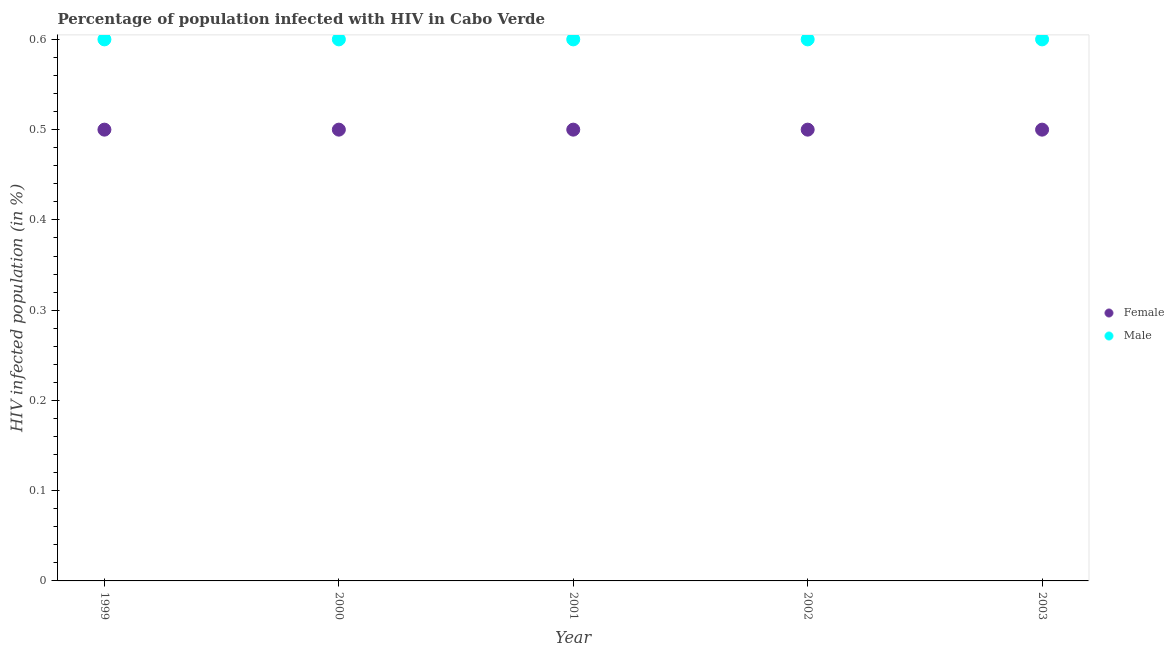
| Year | Female | Male |
 | --- | --- | --- |
 | 1999 | 0.5 | 0.6 |
 | 2000 | 0.5 | 0.6 |
 | 2001 | 0.5 | 0.6 |
 | 2002 | 0.5 | 0.6 |
 | 2003 | 0.5 | 0.6 |